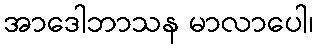
အာဒေါဘာသန မာလာပေါ၊